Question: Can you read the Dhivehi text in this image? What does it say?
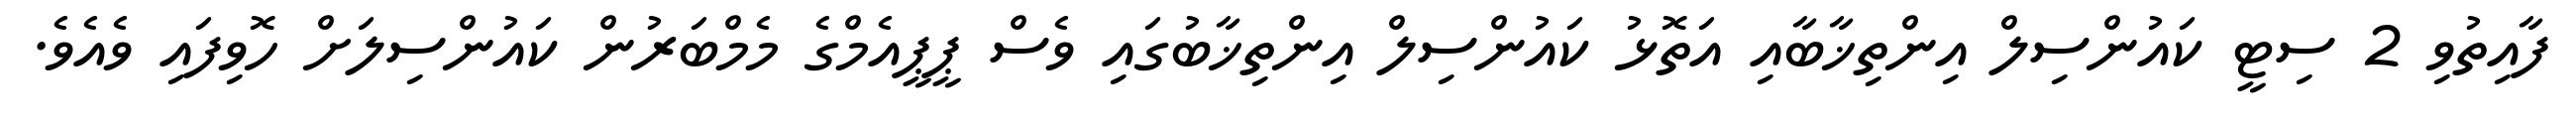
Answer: ފާއިތުވި 2 ސިޓީ ކައުންސިލް އިންތިޚާބާއި އަތޮޅު ކައުންސިލް އިންތިޚާބުގައި ވެސް ޕީޕީއެމްގެ މެމްބަރުން ކައުންސިލަށް ހޮވިފައި ވެއެވެ.